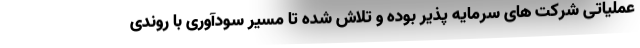
عملیاتی شرکت های سرمایه پذیر بوده و تلاش شده تا مسیر سودآوری با روندی